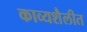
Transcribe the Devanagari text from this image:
काव्यशैलीत